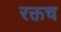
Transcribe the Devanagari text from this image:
रक्तच